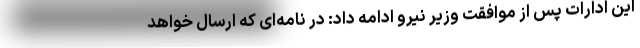
این ادارات پس از موافقت وزیر نیرو ادامه داد: در نامه‌ای که ارسال خواهد